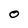
Character: O